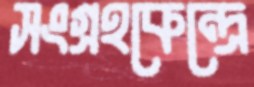
সংগ্রহকেন্দ্রে